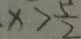
x > \frac { 5 } { 2 }